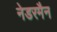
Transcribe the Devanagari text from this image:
नेडरमैन